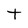
Character: t